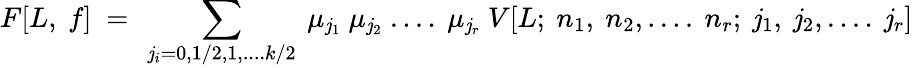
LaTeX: F[L,~f]~=~\sum_{\mathit{j}_{i}=0,1/2,1,....k/2}~\mu_{\mathit{j}_{1}}~\mu_{\mathit{j}_{2}}~....~\mu_{\mathit{j}_{r}}~V[L;~n_{1},~n_{2},....~n_{r};~\mathit{j}_{1},~\mathit{j}_{2},....~\mathit{j}_{r}]